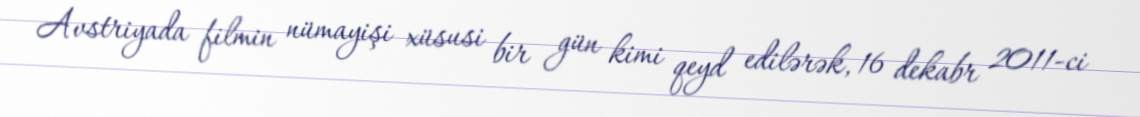
Avstriyada filmin nümayişi xüsusi bir gün kimi qeyd edilərək, 16 dekabr 2011-ci